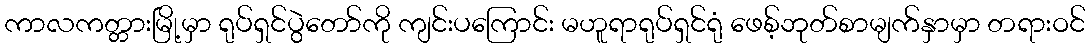
ကာလကတ္တားမြို့မှာ ရုပ်ရှင်ပွဲတော်ကို ကျင်းပကြောင်း မဟူရာရုပ်ရှင်ရုံ ဖေစ့်ဘုတ်စာမျက်နှာမှာ တရားဝင်